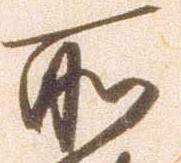
所